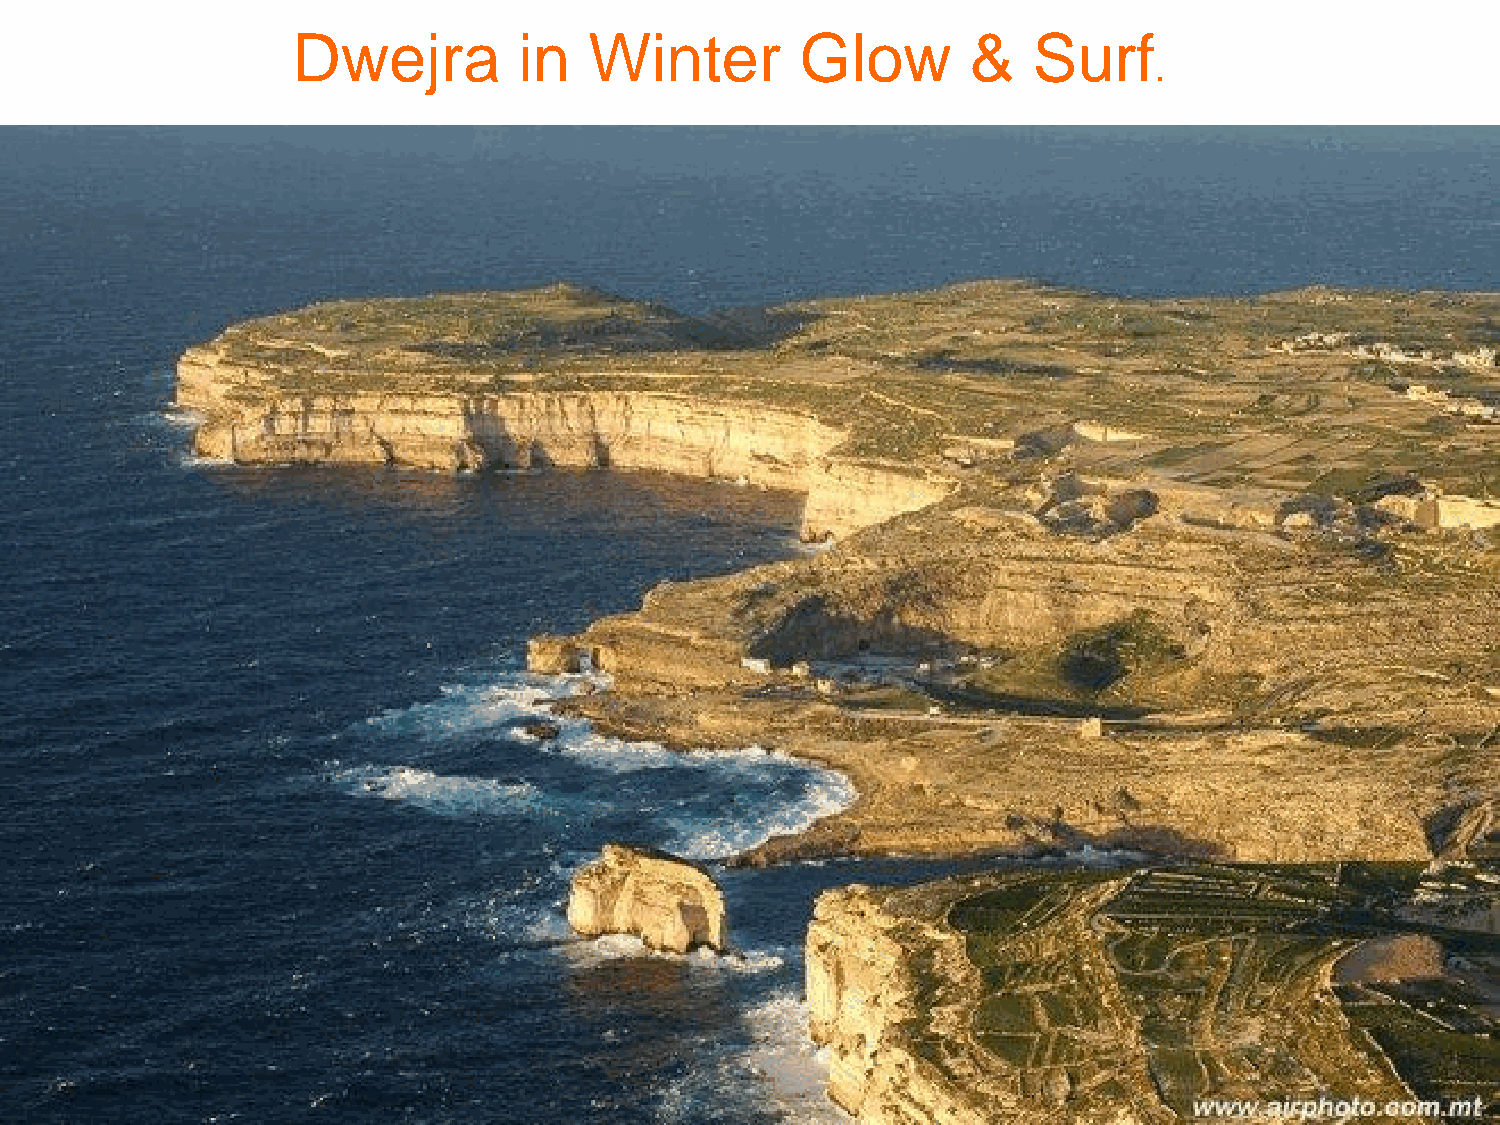
Dwejra         in   Winter        Glow       &   Surf
 .